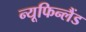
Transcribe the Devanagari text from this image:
न्यूफिन्लैंड